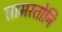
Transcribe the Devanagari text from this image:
तामरतोनि